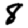
Digit: 8